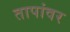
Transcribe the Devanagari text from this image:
तापांवर